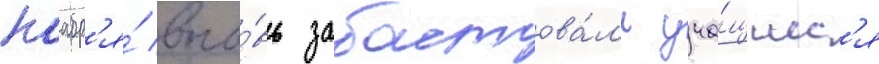
ноабр'я́ вно́вь забастова́л'и уча́щиес'я